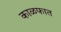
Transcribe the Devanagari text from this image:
काळफात